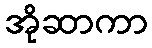
အိုဆာကာ